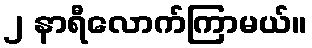
၂ နာရီလောက်ကြာမယ်။